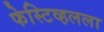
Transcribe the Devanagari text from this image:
फेस्टिव्हलला